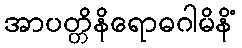
အာပတ္တိနိရောဓဂါမိနိံ